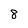
Character: 8